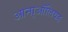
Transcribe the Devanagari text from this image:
आना्ऑलियह